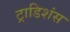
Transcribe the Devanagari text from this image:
ट्राडिशंस